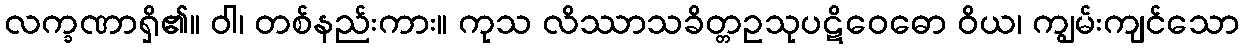
လက္ခဏာရှိ၏။ ဝါ၊ တစ်နည်းကား။ ကုသ လိဿာသခိတ္တဥသုပဋိဝေဓော ဝိယ၊ ကျွမ်းကျင်သော